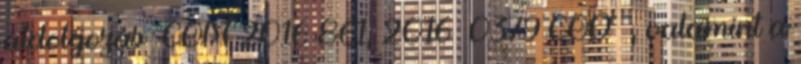
átdolgozás COM 2016 861; 2016 0379 COD , valamint a